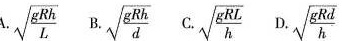
$$\sqrt{ \frac{gRh}{L}}$$ $$\sqrt{ \frac{gRh}{d}}c. \sqrt{ \frac{gRL}{h}}$$ $$D. \sqrt{ \frac{gRd}{h}}$$